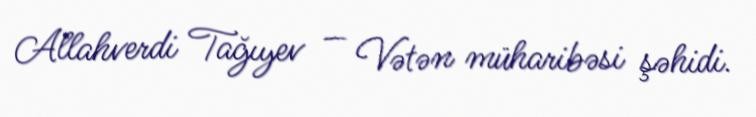
Allahverdi Tağıyev — Vətən müharibəsi şəhidi.